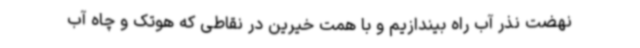
نهضت نذر آب راه بیندازیم و با همت خیرین در نقاطی که هوتک و چاه آب